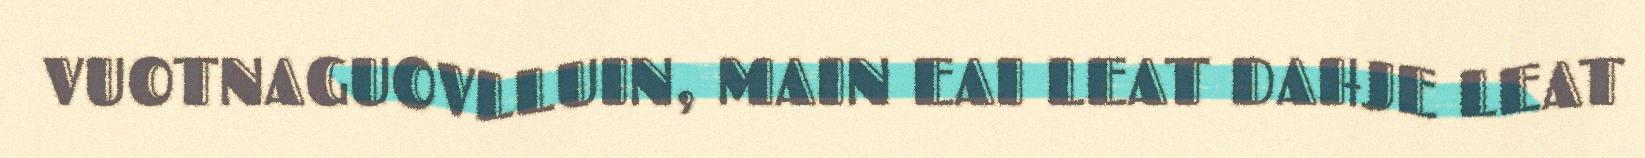
VUOTNAGUOVLLUIN, MAIN EAI LEAT DAHJE LEAT